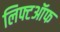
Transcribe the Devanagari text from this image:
लिफ्टऑफ